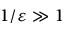
1 / \varepsilon \gg 1